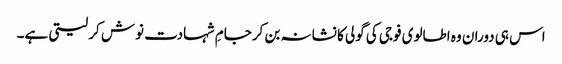
اس ہی دوران وہ اطالوی فوجی کی گولی کا نشانہ بن کرجامِ شہادت نوش کر لیتی ہے۔